Report of the Indian Hemp Drugs Commission, 1894-1895 - Volume VII
Year: 1894
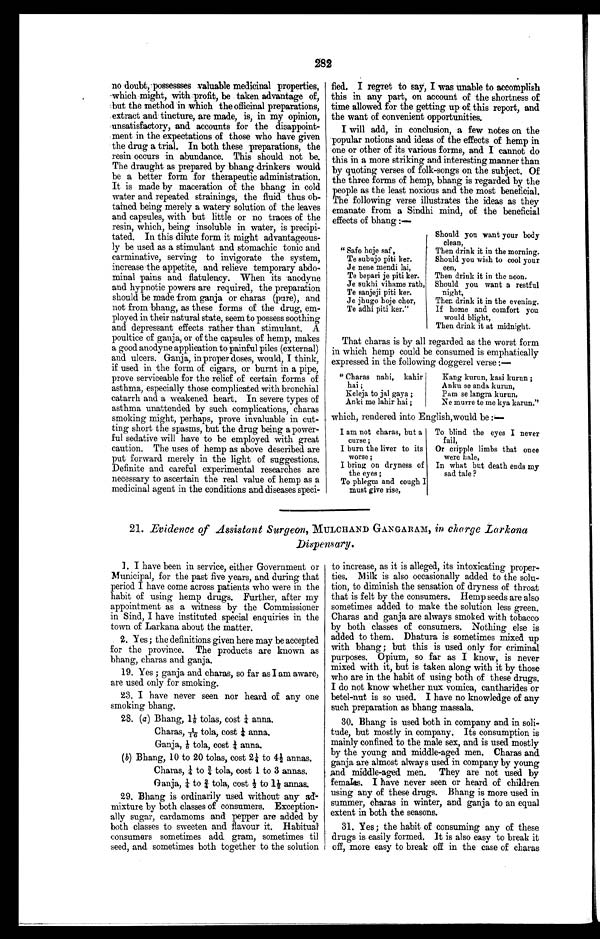
282
no doubt, possessses valuable medicinal properties,
which might, with profit, be taken advantage of,
but the method in which the officinal preparations,
extract and tincture, are made, is, in my opinion,
unsatisfactory, and accounts for the disappoint-
ment in the expectations of those who have given
the drug a trial. In both these preparations, the
resin occurs in abundance. This should not be.
The draught as prepared by bhang drinkers would
be a better form for therapeutic administration.
It is made by maceration of the bhang in cold
water and repeated strainings, the fluid thus ob-
tained being merely a watery solution of the leaves
and capsules, with but little or no traces of the
resin, which, being insoluble in water, is precipi-
tated. In this dilute form it might advantageous-
ly be used as a stimulant and stomachic tonic and
carminative, serving to invigorate the system,
increase the appetite, and relieve temporary abdo-
minal pains and flatulency. When its anodyne
and hypnotic powers are required, the preparation
should be made from ganja or charas (pure), and
not from . bhang, as these forms of the drug, em-
ployed in their natural state, seem to possess soothing
and depressant effects rather than stimulant. A
poultice of ganja, or of the capsules of hemp, makes
a good anodyne application to painful piles (external)
and ulcers. Ganja, in proper doses, would, I think,
if used in the form of cigars, or burnt in a pipe,
prove serviceable for the relief of certain forms of
asthma, especially those complicated with bronchial
catarrh and a weakened heart. In severe types of
asthma unattended by such complications, charas
smoking might, perhaps, prove invaluable in cut-
ting short the spasms, but the drug being a power-
ful sedative will have to be employed with great
caution. The uses of hemp as above described are
put forward merely in the light of suggestions.
Definite and careful experimental researches are
necessary to ascertain the real value of hemp as a
medicinal agent in the conditions and diseases speci-
f i e d . I r e g r e t t o s a y , I w a s u n a b l e t o a c c o m p l i s h
this in any part, on account of the shortness of
time allowed for the getting up of this report, and
the want of convenient opportunities.
I will add, in conclusion, a few notes on the
popular notions and ideas of the effects of hemp in
one or other of its various forms, and I cannot do
this in a more striking and interesting manner than
by quoting verses of folk-songs on the subject. Of
the three forms of hemp, bhang is regarded by the
people as the least noxious and the most beneficial.
The following verse illustrates the ideas as they
emanate from a Sindhi mind, of the beneficial
effects of bhang:—
Should you want your body
clean,
Then drink it in the morning.
Should you wish to cool your
een,
Then drink it in the noon.
Should you want a restful
night,
Then drink it in the evening.
If home and comfort you
would blight,
Then drink it at midnight.
That charas is by all regarded as the worst form
in which hemp could be consumed is emphatically
expressed in the following doggerel verse :—-
"Charas nahi, kahir
Kang, kurun, kasi kurun;
hai;
Anku se anda. kurun,
Keleja to jal gaga;
Pam se langra kurun,
Anki me lahir hai;
Ne murre to me kyakarun."
which, rendered into English,would be:—
I am not charas, but a To blind the eyes I never
curse;
fail,
I burn the liver to its Or cripple limbs that once
worse;
were hale,
I bring on dryness of In what but death ends my
the eyes;
sad tale?
To phlegm and cough I
must give rise,
" Safo hoje saf ,
Te subujo piti ker.
Je nene mendi lai,
Te bepari je piti ker.
Je sukhi vihame rath,
Te sanjeji piti ker.
Je jhugo hoje chor,
Te adhi piti ker."
21. Evidence of Assistant Surgeon, MULCHAND GANGARAM, in charge Larkana
Dispensary.
1. I have been in service, either Government or
Municipal, for the past five years, and during that
period I have come across patients who were in the
habit of using hemp drugs. Further, after my
appointment as a witness by the Commissioner
in Sind, I have instituted special enquiries in the
town of Larkana about the matter.
2. Yes; the definitions given here may be accepted
for the province. The products are known as
bhang, charas and ganja.
19. Yes; ganja and charas, so far as I am aware,
are used only for smoking.
23. I have never seen nor heard of any one
smoking bhang.
28. (a ) Bhang, 1⅛ t o l a s , c o s t ¼ a n n a .
Charas, 1/16 tola, cost ¼ anna.
Ganja, ⅛ tola, cost ¼ anna.
( b) Bhang, 10 to 20 tolas, cost 2 ¼ to 4½ annas.
Charas, ¼ to ¾ tol a, cost 1 to 3 annas.
Ganja, ¼ to ¾ tola, cost ½t o 1 ½ a n n a s .
29. Bhang is ordinarily used without any ad-
mixture by both classes of consumers. Exception-
ally sugar, cardamoms and pepper are added by
both classes to sweeten and flavour it. Habitual
consumers sometimes add gram, sometimes til
seed, and sometimes both together to the solution
to increase, as it is alleged, its intoxicating proper-
ties. Milk is also occasionally added to the solu-
tion, to diminish the sensation of dryness of throat
that is felt by the consumers. Hemp seeds are also
sometimes added to make the solution less green.
Charas and ganja are always smoked with tobacco
by both classes of consumers. Nothing else is
added to them. Dhatura is sometimes mixed up
with bhang; but this is used only for criminal
purposes. Opium, so far as I know, is never
mixed with it, but is taken along with it by those
who are in the habit of using both of these drugs.
I do not know whether nux vomica, cantharides or
betel-nut is so used. I have no knowledge of any
such preparation as bhang massala.
30. Bhang is used both in company and in soli--
tude, but mostly in company. Its consumption is
mainly confined to the male sex, and is used mostly
by the young and middle-aged men. Charas and
ganja are almost always used in company by young
and middle-aged men. They are not used by
females. I have never seen or heard of children
using any of these drugs. Bhang is more used in
summer, charas in winter, and ganja to an equal
extent in both the seasons.
31. Yes ; the habit of consuming any of these
drugs is easily formed. It is also easy to break it
off, more easy to break off in the case of charas